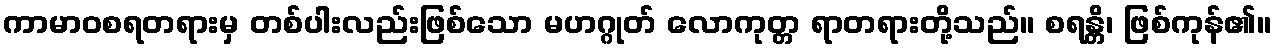
ကာမာဝစရတရားမှ တစ်ပါးလည်းဖြစ်သော မဟဂ္ဂုတ် လောကုတ္တ ရာတရားတို့သည်။ စရန္တိ၊ ဖြစ်ကုန်၏။